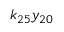
k _ { 2 5 } y _ { 2 0 }